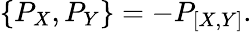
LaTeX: \{ P_{X},P_{Y}\} =-P_{[X,Y]}.